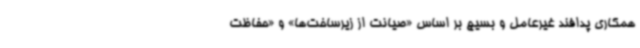
همکاری پدافند غیرعامل و بسیج بر اساس «صیانت از زیرساخت‌ها» و «حفاظت